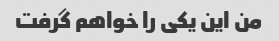
من این یکی را خواهم گرفت